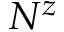
N ^ { z }